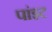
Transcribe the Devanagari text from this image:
पांइट